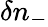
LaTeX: \delta n_{-}